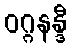
ဝဂ္ဂနန္ဒီ